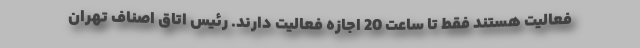
فعالیت هستند فقط تا ساعت 20 اجازه فعالیت دارند. رئیس اتاق اصناف تهران